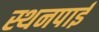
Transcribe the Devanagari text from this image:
स्थनपाई